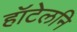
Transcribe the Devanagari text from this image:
हॉटेलनि